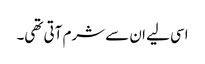
اسی لیے ان سے شرم آتی تھی۔